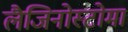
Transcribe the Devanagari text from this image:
लैजिनोस्टोमा